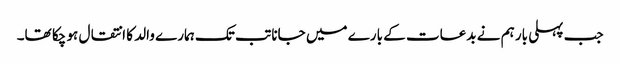
جب پہلی بار ہم نے بدعات کے بارے میں جانا تب تک ہمارے والد کا انتقال ہو چکا تھا۔